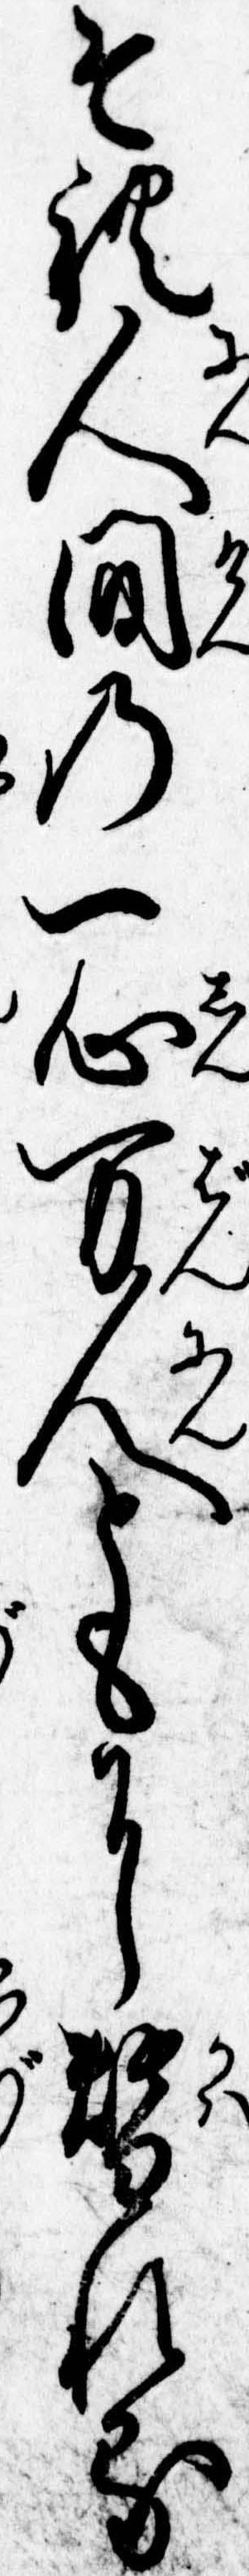
それ人間の一心万人ともに変れる